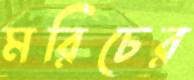
মরিচের